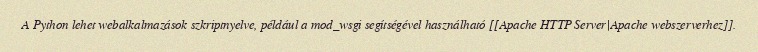
A Python lehet webalkalmazások szkriptnyelve, például a mod_wsgi segítségével használható [[Apache HTTP Server|Apache webszerverhez]].